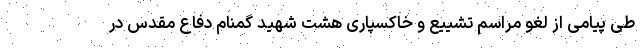
طی پیامی از لغو مراسم تشییع و خاکسپاری هشت شهید گمنام دفاع مقدس در